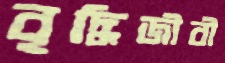
বৃদ্ধিজীবী